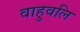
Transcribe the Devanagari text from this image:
वाहुवलि